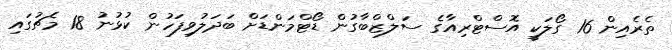
ތެރެއިން 16 ގޯލަކީ އޮސްޓްރިއާގެ ސަލްޒްބާގުން ޑޯޓްމަންޑަށް ބަދަލުވިފަހުން ކުޅުނު 18 މެޗުގައި